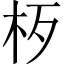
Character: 𱣁